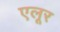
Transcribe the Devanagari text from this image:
एलूर